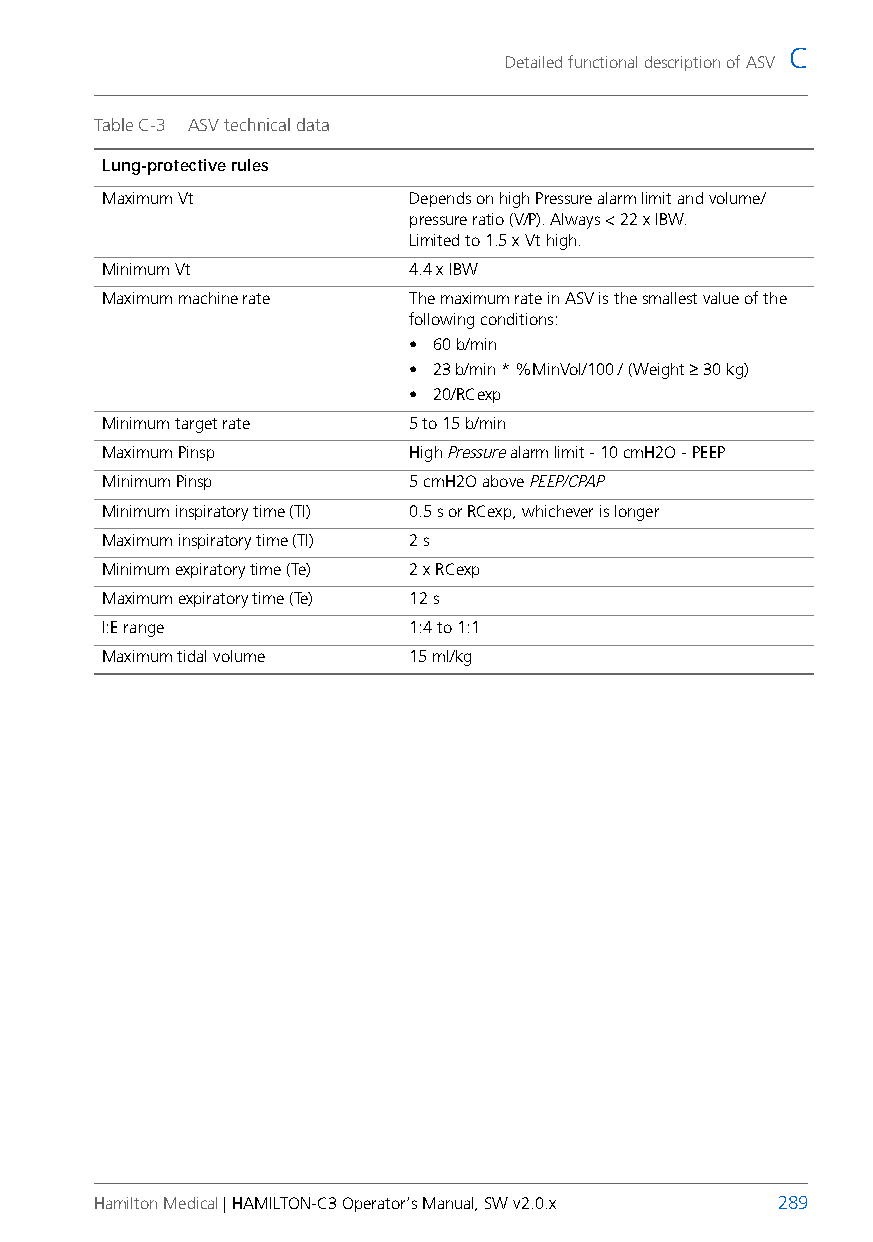
C
 Detailed functional description of ASV
 Table C-3 ASV technical data
 Lung-protective rules
 Maximum Vt          Depends on high Pressure alarm limit and volume/
 pressureratio (V/P). Always <22xIBW.
 Limited to 1.5 x Vt high.
 Minimum Vt          4.4 x IBW
 Maximum machine rate The maximum rate in ASV is the smallest value of the
 following conditions:
 • 60 b/min
 • 23 b/min * %MinVol/100 / (Weight ≥ 30 kg)
 • 20/RCexp
 Minimum target rate 5 to 15 b/min
 Maximum Pinsp       High Pressure alarm limit - 10cmH2O - PEEP
 Minimum Pinsp       5 cmH2O above PEEP/CPAP
 Minimum inspiratory time (TI) 0.5 s or RCexp, whichever is longer
 Maximum inspiratory time (TI) 2 s
 Minimum expiratory time (Te) 2 x RCexp
 Maximum expiratory time (Te) 12 s
 I:E range           1:4 to 1:1
 Maximum tidal volume 15 ml/kg
 Hamilton Medical | HAMILTON-C3 Operator’s Manual, SW v2.0.x 289